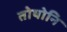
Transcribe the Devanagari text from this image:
तोषोनि